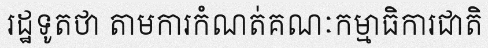
រដ្ឋទូតថា តាមការកំណត់គណៈកម្មាធិការជាតិ